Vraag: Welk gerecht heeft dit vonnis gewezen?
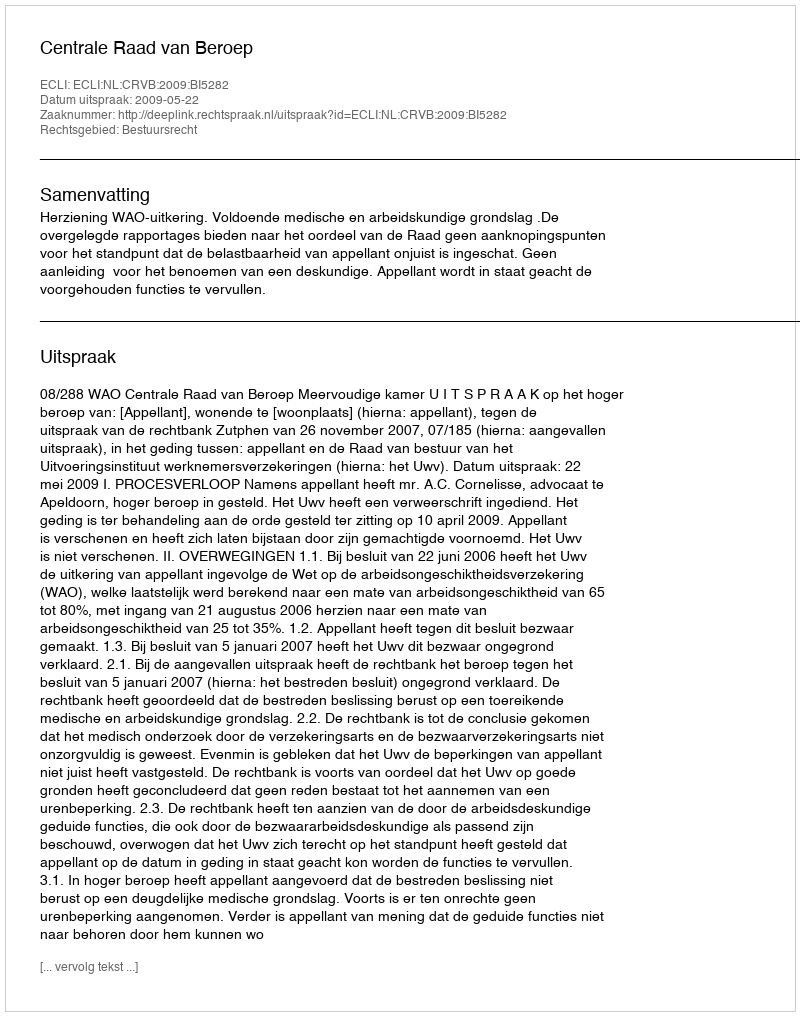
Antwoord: Centrale Raad van Beroep